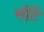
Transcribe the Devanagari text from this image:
सीटै